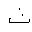
Letter: _tha